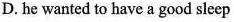
D. he wanted to have a good sleep